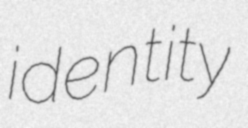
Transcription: identity